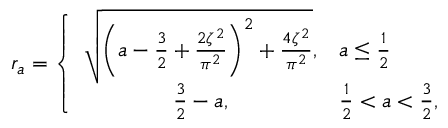
\begin{array} { r } { r _ { a } = \left\{ \begin{array} { c l } { \sqrt { \left( a - \frac { 3 } { 2 } + \frac { 2 \zeta ^ { 2 } } { \pi ^ { 2 } } \right) ^ { 2 } + \frac { 4 \zeta ^ { 2 } } { \pi ^ { 2 } } } , } & { a \leq \frac { 1 } { 2 } } \\ { \frac { 3 } { 2 } - a , } & { \frac { 1 } { 2 } < a < \frac { 3 } { 2 } , } \end{array} \right. } \end{array}